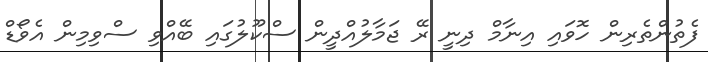
ފެތުންތެރިން ހޮވައި އިނާމް ދިނީ ރޭ ޖަމާލުއްދީން ސްކޫލުގައި ބޭއްވި ސްވިމިން އެވޯޑް